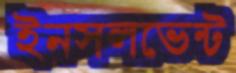
ইনসলভেন্ট